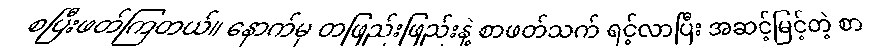
စပြီးဖတ်ကြတယ်။ နောက်မှ တဖြည်းဖြည်းနဲ့ စာဖတ်သက် ရင့်လာပြီး အဆင့်မြင့်တဲ့ စာ